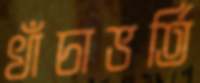
খাঁচাভর্তি